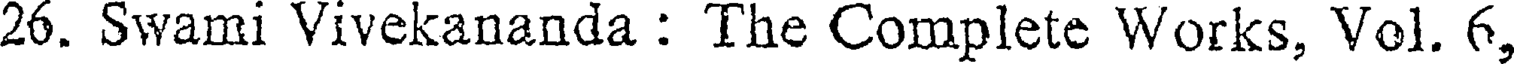
26. Swami Vivekananda : The Complete Works, Vol. 6,